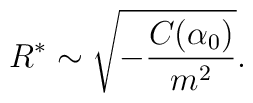
R^\ast	\sim		\sqrt{-\frac{C(\alpha_0)}{m^2}}.